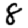
Digit: 8